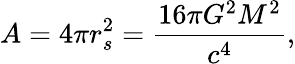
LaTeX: A=4\pi r_{s}^{2}={\frac{16\pi G^{2}M^{2}}{c^{4}}},